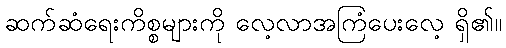
ဆက်ဆံရေးကိစ္စများကို လေ့လာအကြံပေးလေ့ ရှိ၏။